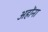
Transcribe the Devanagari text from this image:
अहोंना